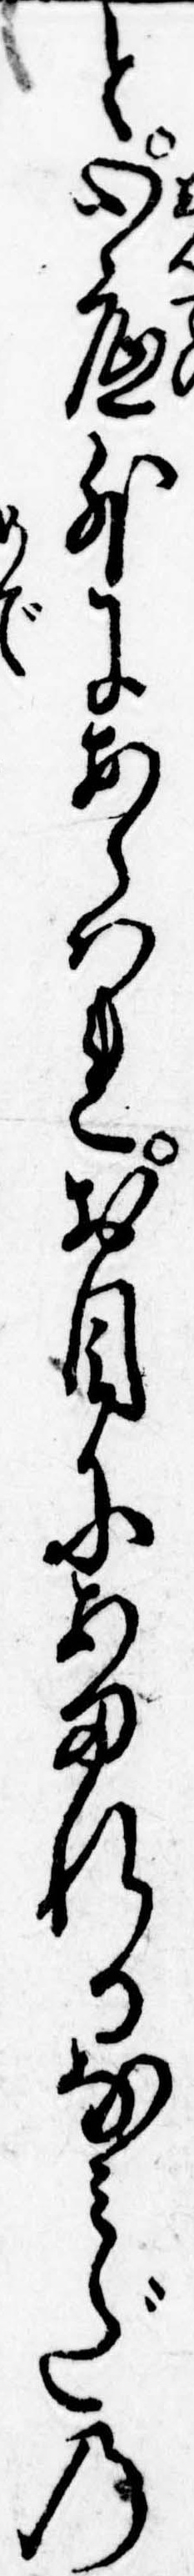
と心底外にあらはれお目にあまれるなみだの